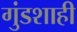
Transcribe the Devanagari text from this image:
गुंडशाही